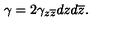
\gamma = 2 \gamma _ { z \overline { { z } } } d z d \overline { { z } } .